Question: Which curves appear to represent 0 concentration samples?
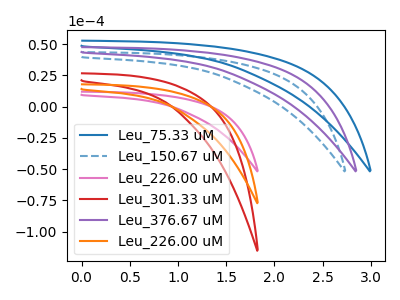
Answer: <think>The blue curve "Leu_75.33 uM" has no peaks. The blue dashed curve "Leu_150.67 uM" has no peaks. The pink curve "Leu_226.00 uM" has no peaks. The red curve "Leu_301.33 uM" has no peaks. The purple curve "Leu_376.67 uM" has no peaks. The orange curve "Leu_226.00 uM" has no peaks.</think>
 <answer>"Leu_75.33 uM", "Leu_150.67 uM", "Leu_226.00 uM", "Leu_301.33 uM", "Leu_376.67 uM" and "Leu_226.00 uM" are likely to be blanks.</answer>
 <eval>"Leu_75.33 uM", "Leu_150.67 uM", "Leu_226.00 uM", "Leu_301.33 uM", "Leu_376.67 uM", "Leu_226.00 uM"</eval>